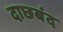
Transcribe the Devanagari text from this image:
दाछबंद